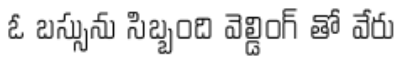
ఓ బస్సును సిబ్బంది వెల్డింగ్ తో వేరు